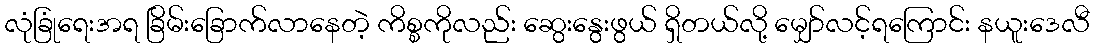
လုံခြုံရေးအရ ခြိမ်းခြောက်လာနေတဲ့ ကိစ္စကိုလည်း ဆွေးနွေးဖွယ် ရှိတယ်လို့ မျှော်လင့်ရကြောင်း နယူးဒေလီ